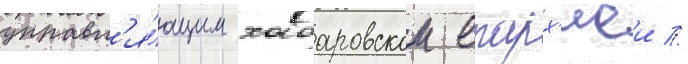
управл'я́ющим хабаровскои епарх'иеи //